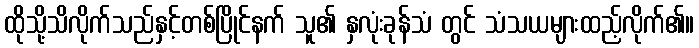
ထိုသို့သိလိုက်သည်နှင့်တစ်ပြိုင်နက် သူ၏ နှလုံးခုန်သံ တွင် သံသယများထည့်လိုက်၏။